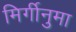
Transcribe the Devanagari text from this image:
मिर्गीनुमा